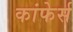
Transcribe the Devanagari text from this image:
कांफेर्स